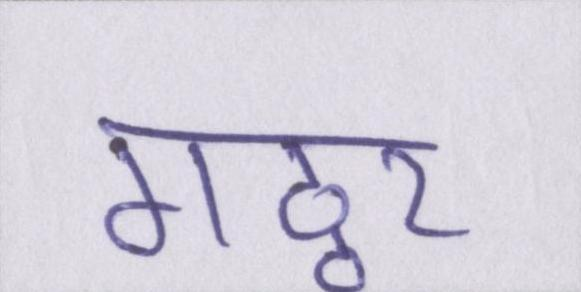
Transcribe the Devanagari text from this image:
गठ्ठर